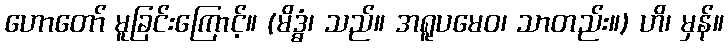
ဟောတော် မူခြင်းကြောင့်။ (မိဒ္ဓံ၊ သည်။ အရူပမေဝ၊ သာတည်း။) ဟိ၊ မှန်။